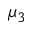
\mu _ { 3 }